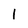
Character: 1